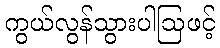
ကွယ်လွန်သွားပါဩဖင့်